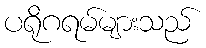
ပရိုဂရမ်များသည်